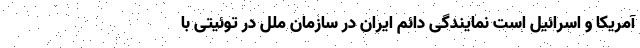
آمریکا و اسرائیل است نمایندگی دائم ایران در سازمان ملل در توئیتی با